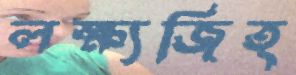
লক্ষ্যজিত্